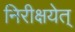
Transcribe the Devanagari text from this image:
निरीक्षयेत्